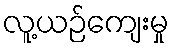
လူ့ယဉ်ကျေးမှု